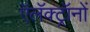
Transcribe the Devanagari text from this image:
ऍलॅक्ट्रॉनों